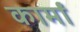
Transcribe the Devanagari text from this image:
कार्मां